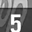
Digit: 5